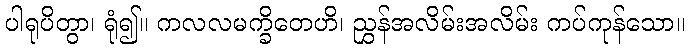
ပါရုပိတွာ၊ ရုံ၍။ ကလလမက္ခိတေဟိ၊ ညွှန်အလိမ်းအလိမ်း ကပ်ကုန်သော။